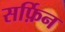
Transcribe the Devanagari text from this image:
सर्फ़िन